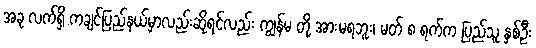
အခု လက်ရှိ ကချင်ပြည်နယ်မှာလည်းဆိုရင်လည်း ကျွန်မ တို့ အားမရဘူး၊ မတ် ၈ ရက်က ပြည်သူ နှစ်ဦး